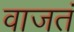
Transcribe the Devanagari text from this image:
वाजतं